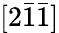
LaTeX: [2\bar{1}\bar{1}]